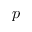
p